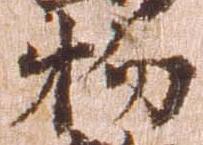
物